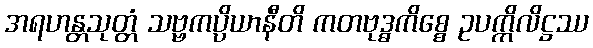
အရဟန္တသုတ္တံ သဗ္ဗကပ္ပိယာနီတိ ကတဗုဒ္ဓကိစ္စေ ဥပက္ကိလိဋ္ဌဿ